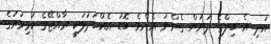
އަދި އެ ބިލްގެ ދަށުން ގެންނަ އެންމެ ބޮޑު އެއްބަދަލަކީ ރާއްޖޭގެ ކުޅިވަރުގެ